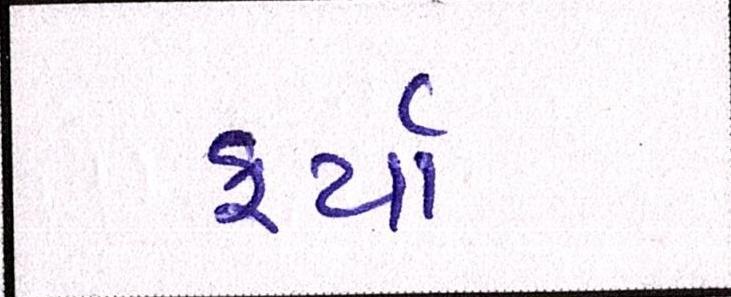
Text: ફર્યા